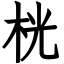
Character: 桄